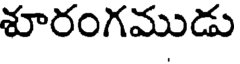
శూరంగముడు